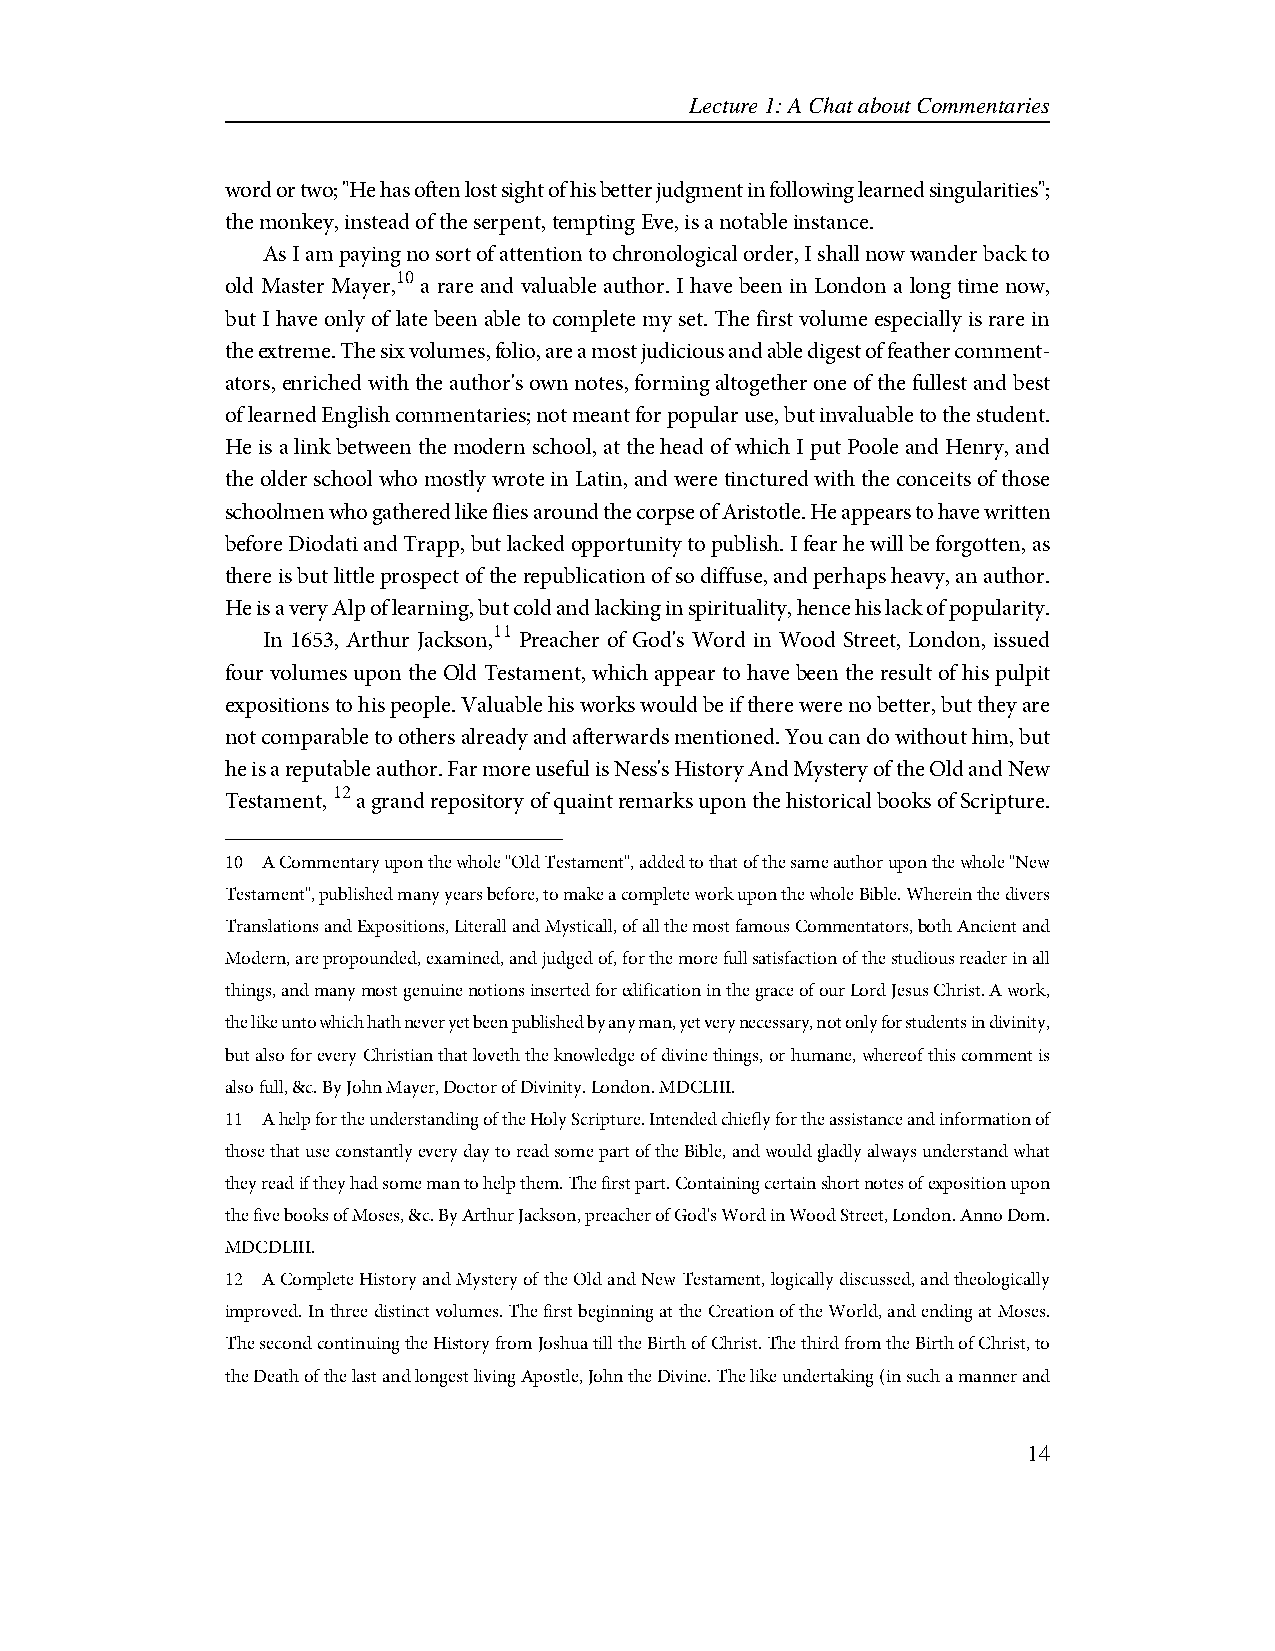
Lecture 1: A Chat about Commentaries
 word or two; "He has often lost sight of his better judgment in following learned singularities";
 the monkey, instead of the serpent, tempting Eve, is a notable instance.
 As I am paying no sort of attention to chronological order, I shall now wander back to
 10
 old Master Mayer, a rare and valuable author. I have been in London a long time now,
 but I have only of late been able to complete my set. The first volume especially is rare in
 the extreme. The six volumes, folio, are a most judicious and able digest of feather comment-
 ators, enriched with the author's own notes, forming altogether one of the fullest and best
 of learned English commentaries; not meant for popular use, but invaluable to the student.
 He is a link between the modern school, at the head of which I put Poole and Henry, and
 the older school who mostly wrote in Latin, and were tinctured with the conceits of those
 schoolmen who gathered like flies around the corpse of Aristotle. He appears to have written
 before Diodati and Trapp, but lacked opportunity to publish. I fear he will be forgotten, as
 there is but little prospect of the republication of so diffuse, and perhaps heavy, an author.
 He is a very Alp of learning, but cold and lacking in spirituality, hence his lack of popularity.
 11
 In 1653, Arthur Jackson, Preacher of God's Word in Wood Street, London, issued
 four volumes upon the Old Testament, which appear to have been the result of his pulpit
 expositions to his people. Valuable his works would be if there were no better, but they are
 not comparable to others already and afterwards mentioned. You can do without him, but
 he is a reputable author. Far more useful is Ness's History And Mystery of the Old and New
 12
 Testament, a grand repository of quaint remarks upon the historical books of Scripture.
 10 A Commentary upon the whole "Old Testament", added to that of the same author upon the whole "New
 Testament", published many years before, to make a complete work upon the whole Bible. Wherein the divers
 Translations and Expositions, Literall and Mysticall, of all the most famous Commentators, both Ancient and
 Modern, are propounded, examined, and judged of, for the more full satisfaction of the studious reader in all
 things, and many most genuine notions inserted for edification in the grace of our Lord Jesus Christ. A work,
 the like unto which hath never yet been published by any man, yet very necessary, not only for students in divinity,
 but also for every Christian that loveth the knowledge of divine things, or humane, whereof this comment is
 also full, &c. By John Mayer, Doctor of Divinity. London. MDCLIII.
 11 A help for the understanding of the Holy Scripture. Intended chiefly for the assistance and information of
 those that use constantly every day to read some part of the Bible, and would gladly always understand what
 they read if they had some man to help them. The first part. Containing certain short notes of exposition upon
 the five books of Moses, &c. By Arthur Jackson, preacher of God's Word in Wood Street, London. Anno Dom.
 MDCDLIII.
 12 A Complete History and Mystery of the Old and New Testament, logically discussed, and theologically
 improved. In three distinct volumes. The first beginning at the Creation of the World, and ending at Moses.
 The second continuing the History from Joshua till the Birth of Christ. The third from the Birth of Christ, to
 the Death of the last and longest living Apostle, John the Divine. The like undertaking (in such a manner and
 14